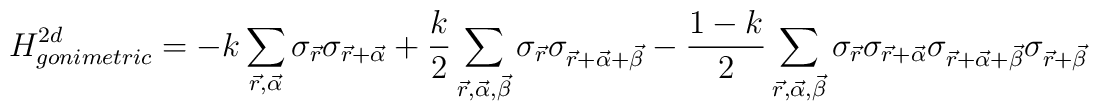
H_{gonimetric}^{2d}=-k \sum_{\vec{r},\vec{\alpha}} \sigma_{\vec{r}}\sigma_{\vec{r}+\vec{\alpha}}+ \frac{k}{2} \sum_{\vec{r},\vec{\alpha},\vec{\beta}} \sigma_{\vec{r}}\sigma_{\vec{r}+\vec{\alpha} +\vec{\beta}}- \frac{1-k}{2} \sum_{\vec{r},\vec{\alpha},\vec{\beta}} \sigma_{\vec{r}}\sigma_{\vec{r}+\vec{\alpha}} \sigma_{\vec{r}+\vec{\alpha}+\vec{\beta}}\sigma_{\vec{r}+\vec{\beta}}